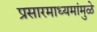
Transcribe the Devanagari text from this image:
प्रसारमाध्यमांमुळे